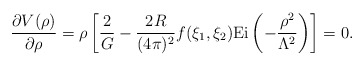
\begin{align*}\frac{\partial V(\rho)}{\partial \rho}= \rho\left[\frac{2}{G}-\frac{2R}{(4\pi)^{2}} f(\xi_{1},\xi_{2}) \mbox{Ei}\left(-\frac{\rho^{2}}{\Lambda^{2}}\right)\right]=0.\end{align*}